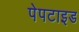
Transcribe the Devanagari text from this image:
पेपटाइड